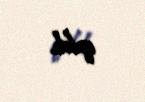
qaldı.